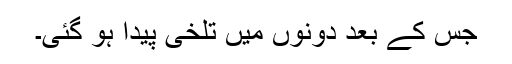
جس کے بعد دونوں میں تلخی پیدا ہو گئی۔